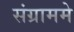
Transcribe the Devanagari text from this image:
संग्राममे